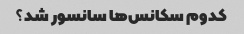
کدوم سکانس‌ها سانسور شد؟